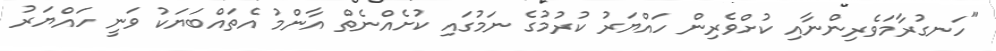
"ހަނގުރާމަވެރިންނާއި ކުށްވެރިން ހައްޔަރު ކުރުމުގެ ނަމުގައި ކުށެއްނެތް އާންމު އެތައްބަޔަކު ވަނީ ހައްޔަރު